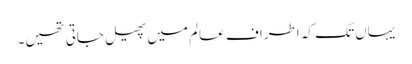
یہاں تک کہ اطراف عالم میں پھیل جاتی تھیں۔